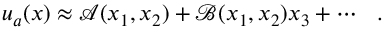
\boldsymbol { u } _ { a } ( \boldsymbol { x } ) \approx \boldsymbol { \mathcal { A } } ( x _ { 1 } , x _ { 2 } ) + \boldsymbol { \mathcal { B } } ( x _ { 1 } , x _ { 2 } ) x _ { 3 } + \cdots \ \ .